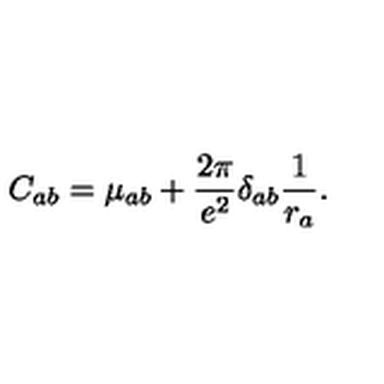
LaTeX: C _ { a b } = \mu _ { a b } + \frac { 2 \pi } { e ^ { 2 } } \delta _ { a b } \frac { 1 } { r _ { a } } .